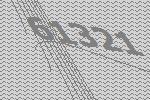
61321